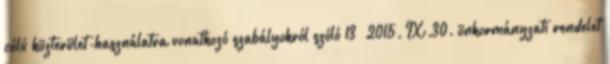
célú közterület-használatra vonatkozó szabályokról szóló 13 2015. IX.30. önkormányzati rendelet